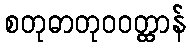
စတုဓာတုဝဝတ္ထာန်